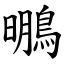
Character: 䳟